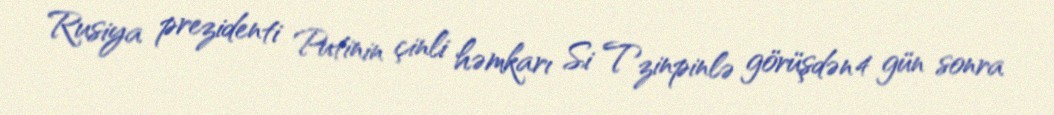
Rusiya prezidenti Putinin çinli həmkarı Si Tzinpinlə görüşdən 4 gün sonra